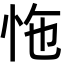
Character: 𢘬